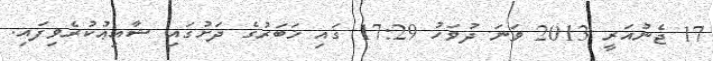
17 ޖެނުއަރީ 2013 ވަނަ ދުވަހު 17:29 ގައި ޚަބަރުގެ ދަށުގައި ޝާއިޢުކުރެވިފައި.